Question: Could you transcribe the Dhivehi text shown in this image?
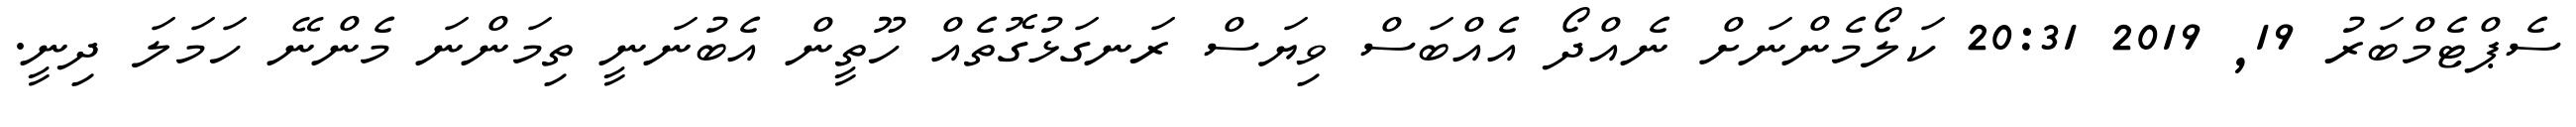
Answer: ސެޕްޓެމްބަރު 19, 2019 20:31 ކަލޯމެންނަށް ނެއްދޯ އެއްބަސް ވިޔަސް ރަނގަޅުގޮތެއް ހޫތީން އެބުނަނީ ތިމަންނަ މެންނޭ ހަމަލަ ދިނީ.